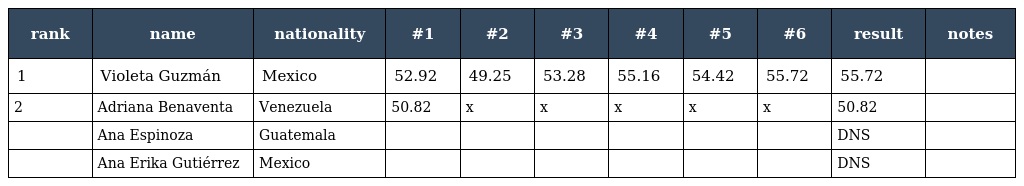
| rank | name | nationality | #1 | #2 | #3 | #4 | #5 | #6 | result | notes |
 | --- | --- | --- | --- | --- | --- | --- | --- | --- | --- | --- |
 | 1 | Violeta Guzmán | Mexico | 52.92 | 49.25 | 53.28 | 55.16 | 54.42 | 55.72 | 55.72 |  |
 | 2 | Adriana Benaventa | Venezuela | 50.82 | x | x | x | x | x | 50.82 |  |
 |  | Ana Espinoza | Guatemala |  |  |  |  |  |  | DNS |  |
 |  | Ana Erika Gutiérrez | Mexico |  |  |  |  |  |  | DNS |  |